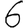
Digit: 6